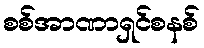
စစ်အာဏာရှင်စနစ်